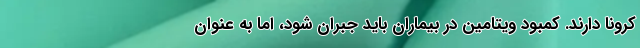
کرونا دارند. کمبود ویتامین در بیماران باید جبران شود، اما به عنوان